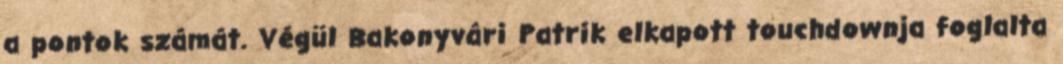
a pontok számát. Végül Bakonyvári Patrik elkapott touchdownja foglalta